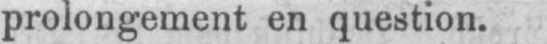
prolongement en question.